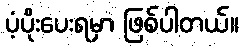
ပံ့ပိုးပေးရမှာ ဖြစ်ပါတယ်။